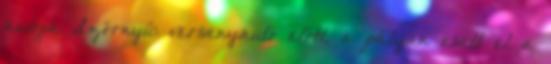
autója Szörnyű: versenyautó előtt, a pályán esett el a